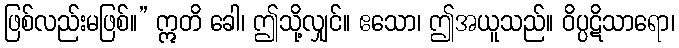
ဖြစ်လည်းမဖြစ်။” ဣတိ ခေါ၊ ဤသို့လျှင်။ ဧသော၊ ဤအယူသည်။ ဝိပ္ပဋိသာရော၊